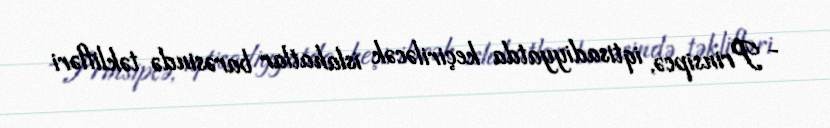
- Prinsipcə, iqtisadiyyatda keçiriləcək islahatlar barəsində təklifləri